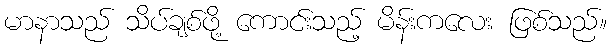
မာနာသည် သိပ်ချစ်ဖို့ ကောင်းသည့် မိန်းကလေး ဖြစ်သည်။